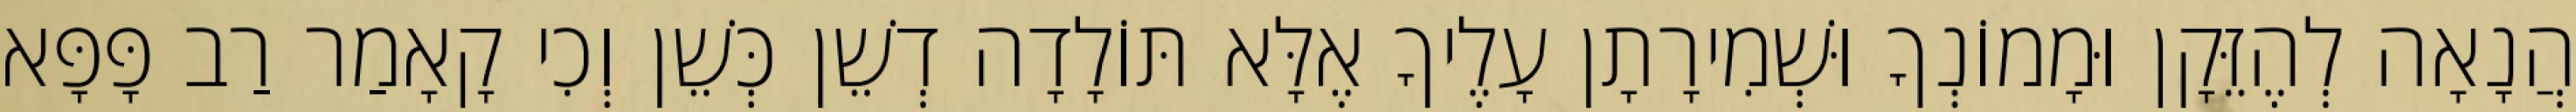
הֲנָאָה לְהֶזֵּקָן וּמָמוֹנְךָ וּשְׁמִירָתָן עָלֶיךָ אֶלָּא תּוֹלָדָה דְשֵׁן כְּשֵׁן וְכִי קָאָמַר רַב פָּפָּא